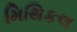
મિથિકલ